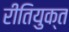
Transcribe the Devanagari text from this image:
रीतियुक्त